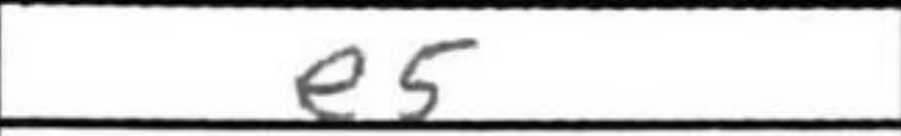
Transcription: e5